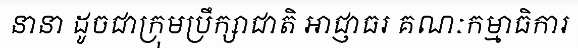
នានា ដូចជាក្រុមប្រឹក្សាជាតិ អាជ្ញាធរ គណៈកម្មាធិការ